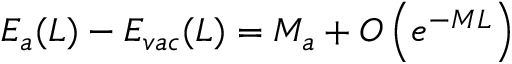
E _ { a } ( L ) - E _ { v a c } ( L ) = M _ { a } + O \left( e ^ { - M L } \right)